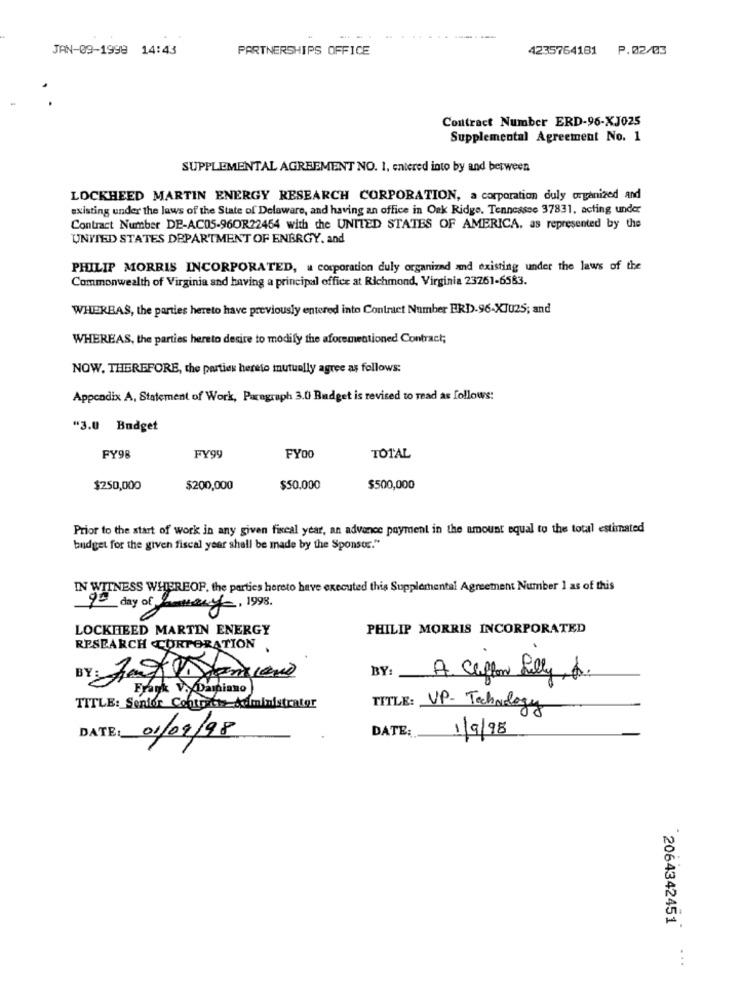
JAN-09-1998 14:43
PARTNERSHIPS OFFICE
4235764181 P.02/03
Contract Number ERD-96-XJ025
Supplemental Agreement No. 1
SUPPLEMENTAL AGREEMENT NO. 1, entered into by and between
LOCKHEED MARTIN ENERGY RESEARCH CORPORATION, a corporation duly organized and
existing under the laws of the State of Delaware, and having an office in Oak Ridge. Tennessee 37831, acting under
Contract Number DE-AC05-96OR22454 with the UNITED STATES OF AMERICA, as represented by the
UNITED STATES DEPARTMENT OF ENERGY. and
PHILIP MORRIS INCORPORATED, a corporation duly organized and existing under the laws of the
Commonwealth of Virginia and having a principal office at Richmond, Virginia 23261-6583.
WHEREAS, the parties hereto have previously entered into Contract Number ERD-96-XJ025; and
WHEREAS, the parties hereto desire to modify the aforementioned Contract;
NOW. THEREFORE, the parties hereto mutually agree as follows:
Appendix A, Statement of Work, Paragraph 3.0 Budget is revised to read as follows:
"3.0 Budget
FY98
FY99
FY00
TOTAL
$250,000
$200,000
$50,000
$500,000
Prior to the start of work in any given fiscal year, an advance payment in the amount equal to the total estimated
budget for the given fiscal year shall be made by the Sponsor."
IN WITNESS WHEREOP, the partics hereto have executed this Supplemental Agreement Number 1 as of this
90 day of many, 1998.
LOCKHEED MARTIN ENERGY
PHILIP MORRIS INCORPORATED
RESEARCH CORPORATION .
BY:
BY:
A. Chiffon Lilly, f.
Frank V.(Damiano
TITLE: Senior Contratthemministrator
TITLE: UP- Technology
DATE:
DATE:
01/09/98
1/9/98
2064342451
: